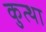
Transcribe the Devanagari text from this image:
कुत्था